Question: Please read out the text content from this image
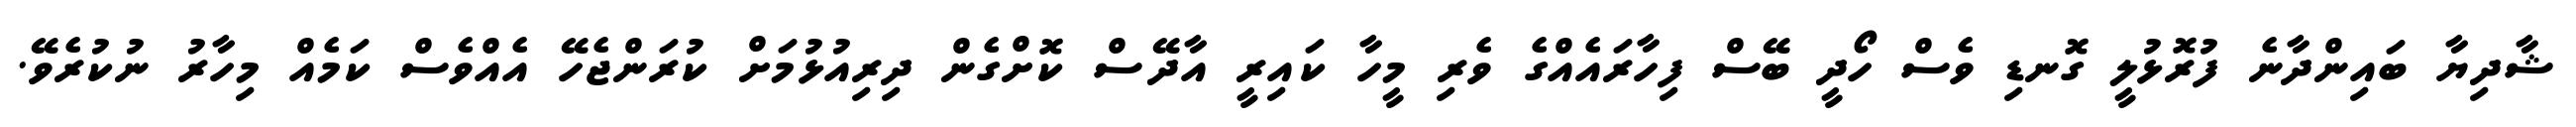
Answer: ޝާދިޔާ ބައިންދާނެ ފުރޮޅުލީ ގޮނޑި ވެސް ހޯދީ ބޭސް ފިހާރައެއްގެ ވެރި މީހާ ކައިރީ އާދޭސް ކޮށްގެން ދިރިއުޅުމަށް ކުރަންޖެހޭ އެއްވެސް ކަމެއް މިހާރު ނުކުރެވޭ.